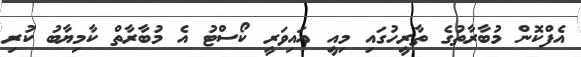
އެފްކޮން މުބާރާތުގެ ތާރީހުގައި މިއީ އައިވަރީ ކޯސްޓު އެ މުބާރާތް ކާމިޔާބު ކުރި